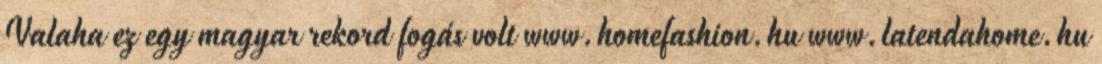
Valaha ez egy magyar rekord fogás volt www.homefashion.hu www.latendahome.hu